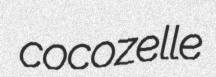
cocozelle